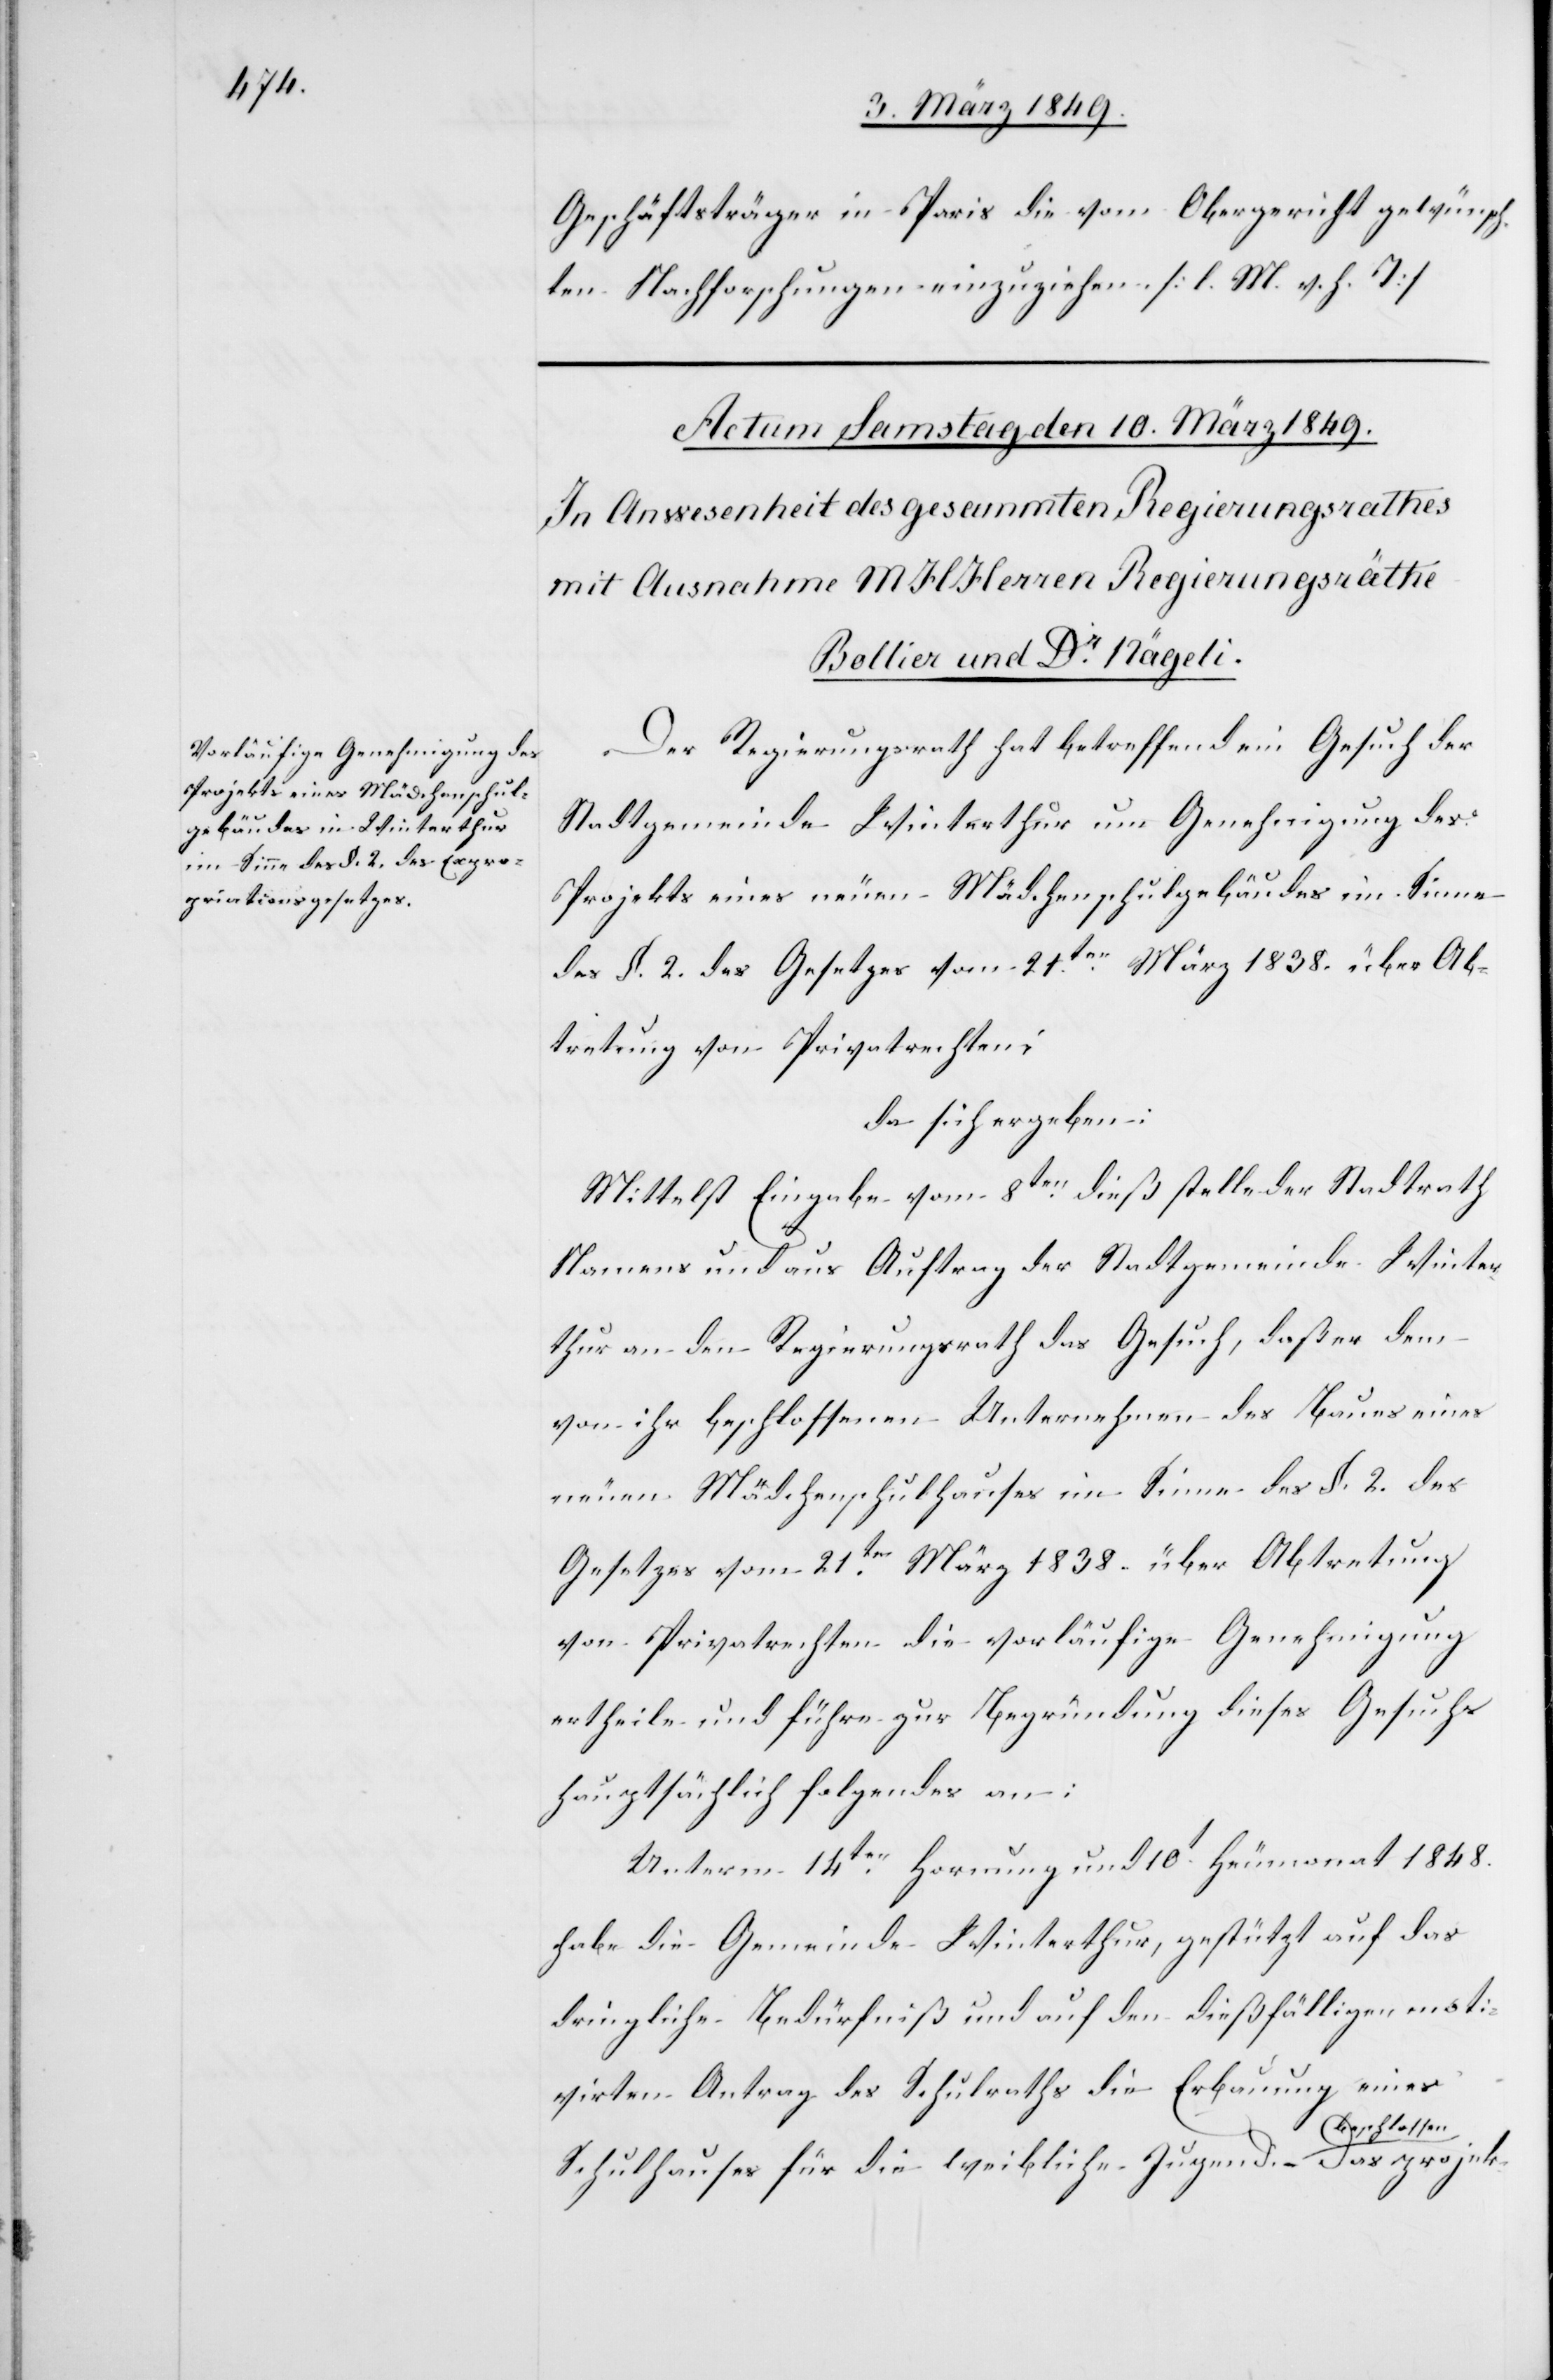
Geschäftsträger in Paris die vom Obergericht gewünsch¬
ten Nachforschungen einzuziehen. [l. M. v. h. T]
Der Regierungsrath hat betreffend ein Gesuch der
Stadtgemeinde Winterthur um Genehmigung des
Projekts eines neuen Mädchenschulgebäudes im Sinne
des §. 2. des Gesetzes vom 21ten. März 1838. über Ab¬
tretung von Privatrechten;
da sich ergeben:
Mittelst Eingabe vom 8ten. dieß stelle der Stadtrath
Namens und aus Auftrag der Stadtgemeinde Winter¬
thur an den Regierungsrath das Gesuch, daß er dem
von ihr beschlossenen Unternehmen des Baues eines
neuen Mädchenschulhauses im Sinne des §. 2. des
Gesetzes vom 21ten. März 1838. über Abtretung
von Privatrechten die vorläufige Genehmigung
ertheile und führe zur Begründung dieses Gesuchs
hauptsächlich folgendes an:
Unterm 14ten. Hornung und 10t. Heumonat 1848.
habe die Gemeinde Winterthur, gestützt auf das
dringliche Bedürfniß und auf den dießfälligen moti¬
virten Antrag des Schulraths die Erbauung eines
Schulhauses für die weibliche Jugend beschlossen.